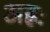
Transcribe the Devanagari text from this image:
अह्नः